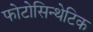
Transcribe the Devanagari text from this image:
फोटोसिन्थेटिक